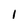
Character: I